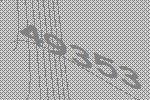
49353